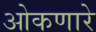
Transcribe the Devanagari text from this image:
ओकणारे